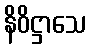
နိဝိဋ္ဌာသေ